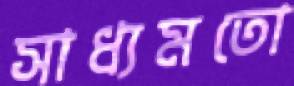
সাধ্যমতো